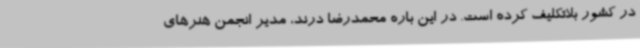
در کشور بلاتکلیف کرده است. در این باره محمدرضا درند، مدیر انجمن هنرهای